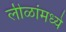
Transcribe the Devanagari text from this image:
लीळांमध्ये